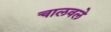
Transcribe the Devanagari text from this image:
चालवले